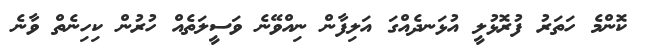
ކޮންމެ ހަތަރު ފުރޮޅުލީ އުޅަނދެއްގަ އަލިފާން ނިއްވޭނެ ވަސީލަތެއް ހުރުން ކިހިނެތް ވާނެ